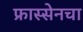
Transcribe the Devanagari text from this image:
फ्रास्सेनचा